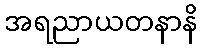
အရညာယတနာနိ